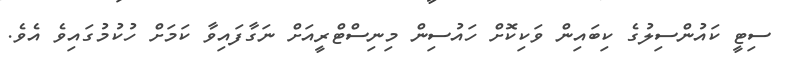
ސިޓީ ކައުންސިލުގެ ކިބައިން ވަކިކޮށް ހައުސިން މިނިސްޓްރީއަށް ނަގާފައިވާ ކަމަށް ހުކުމުގައިވެ އެވެ.